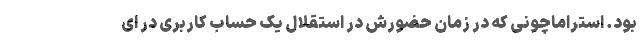
بود. استراماچونی که در زمان حضورش در استقلال یک حساب کاربری در ای